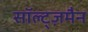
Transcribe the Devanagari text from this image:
सॉल्ट्ज़मैन